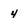
Character: 4